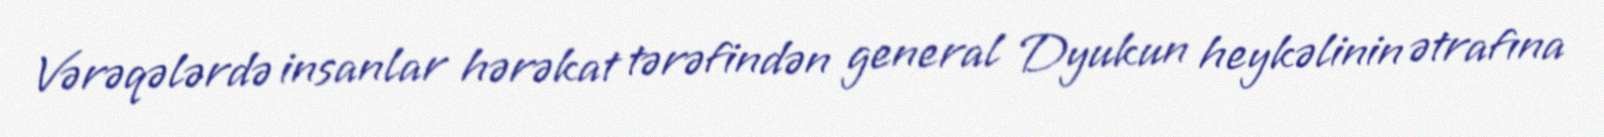
Vərəqələrdə insanlar hərəkat tərəfindən general Dyukun heykəlinin ətrafına